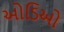
ઓડિઓ